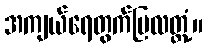
အကျယ်ရေတွက်ပြလတ္တံ့။